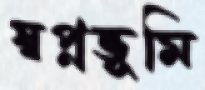
স্বপ্নভূমি